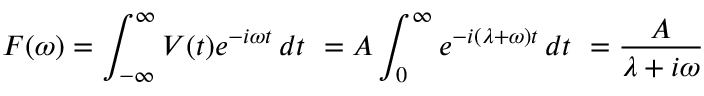
F ( \omega ) = \int _ { - \infty } ^ { \infty } V ( t ) e ^ { - i \omega t } \, d t \ = A \int _ { 0 } ^ { \infty } e ^ { - i ( \lambda + \omega ) t } \, d t \ = \frac { A } { \lambda + i \omega }